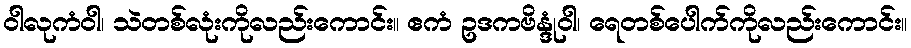
ဝါလုကံဝါ၊ သဲတစ်လုံးကိုလည်းကောင်း။ ဧကံ ဥဒကဗိန္ဒုံဝါ၊ ရေတစ်ပေါက်ကိုလည်းကောင်း။